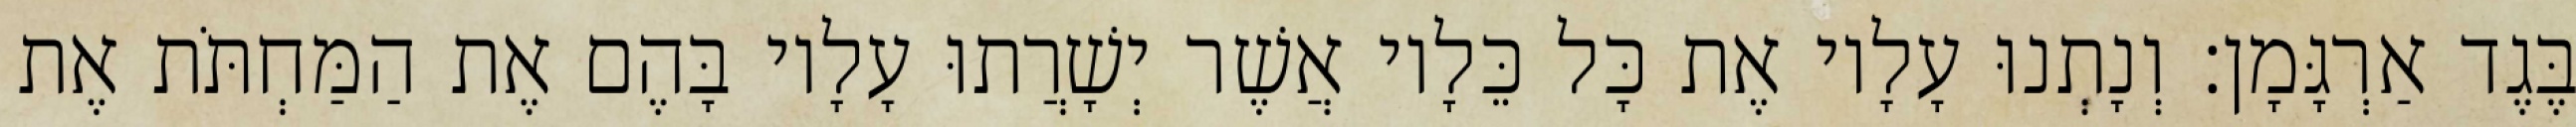
בֶּגֶד אַרְגָּמָן׃ וְנָתְנוּ עָלָיו אֶת כָּל כֵּלָיו אֲשֶׁר יְשָׁרֲתוּ עָלָיו בָּהֶם אֶת הַמַּחְתֹּת אֶת